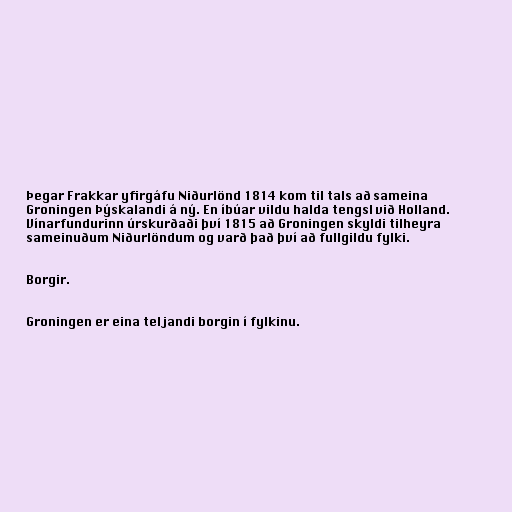
Þegar Frakkar yfirgáfu Niðurlönd 1814 kom til tals að sameina
Groningen Þýskalandi á ný. En íbúar vildu halda tengsl við Holland.
Vínarfundurinn úrskurðaði því 1815 að Groningen skyldi tilheyra
sameinuðum Niðurlöndum og varð það því að fullgildu fylki.

Borgir.

Groningen er eina teljandi borgin í fylkinu.